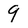
Character: 9